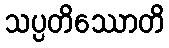
သပ္ပတိဿောတိ